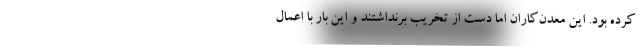
کرده بود. این معدن‌کاران اما دست از تخریب برنداشتند و این بار با اعمال